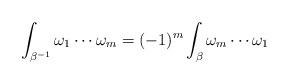
LaTeX: \begin{align*} \int_{\beta^{-1}} \omega_1 \cdots \omega_m = (-1)^m \int_\beta \omega_m\cdots \omega_1\end{align*}